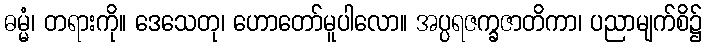
ဓမ္မံ၊ တရားကို။ ဒေသေတု၊ ဟောတော်မူပါလော။ အပ္ပရဇက္ခဇာတိကာ၊ ပညာမျက်စိ၌